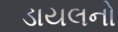
ડાયલનો